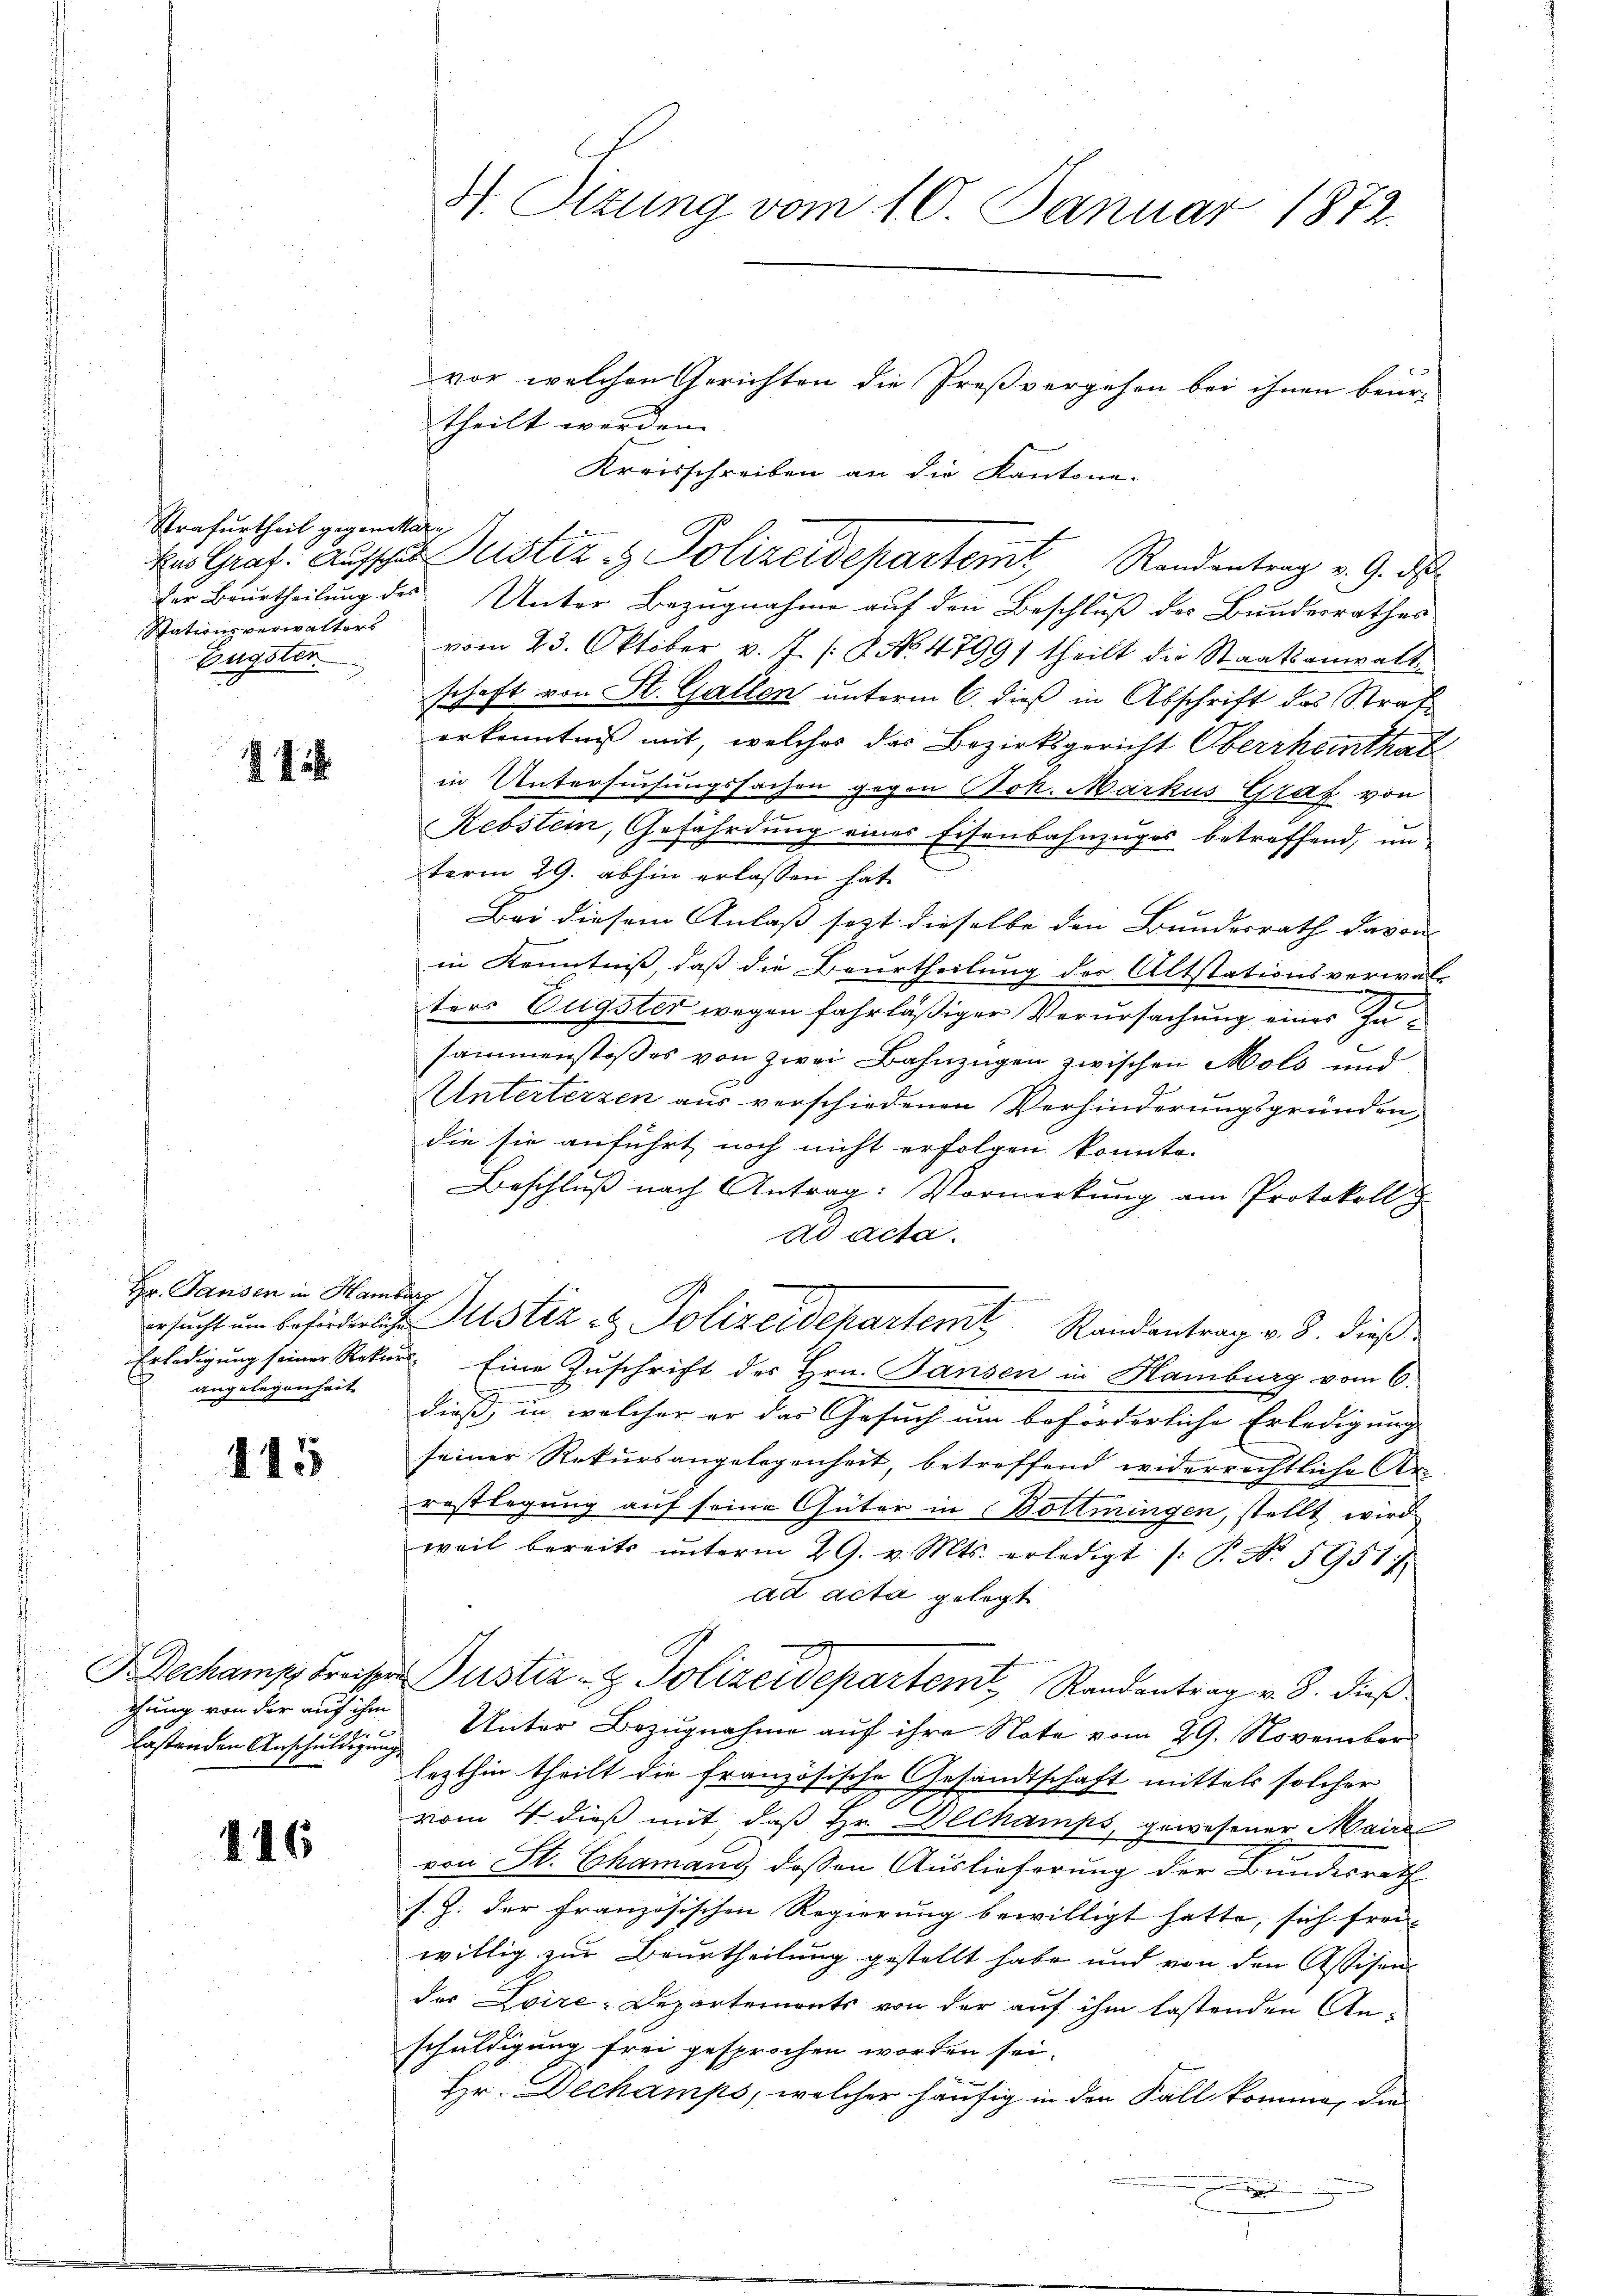
Strafurtheil gegenwär
Stationsverwalters
pugster

214

Hr. Jansen in Hamburg
angelegenheit

115

x
lastenden Anschuldigung

416

H Sizung vom 10. Januar 1872.

vor, welchen Gerichten die Preßvergehen bei ihnen beur-
theilt werden.
Kreisschreiben an die Kantone.
Der Beurtheilung des Unter Bezugnahme auf den Beschluß des Bundesrathes
vom 23. Oktober v. J. J. No 4799/ theilt die Staatsanwaltschaft von St. Gallen unterm 6. dieß in Abschrift des Straferkenntniß mit, welches das Bezirksgericht Oberrheinthat
in Untersuchungssachen gegen Joh. Markus Graf von
Rebstein, Gefährdung eines Eisenbahnzuges betreffend, un
term 29. abhin erlassen hat.
Bei diesem Anlaß sezt dieselbe den Bundesrath davon |
in Kenntniß, daß die Beurtheilung der Altstationsverwal-
ters Eugster wegen fahrläßiger Verursachung eines Insammenstosses von zwei Bahnzügen zwischen Mols und
Unterterzen aus verschiedenen Verhinderungsgründen,
die sie anführt noch nicht erfolgen konnte.
Beschluß nach Antrag: Vormerkung am Protokoll u
ad acta.
Besucht um beförderliche Justiz & Polizeidepartemit Randantrag v. 3. dieß¬
Erledigung seiner Rekurs Eine Zuschrift des Hrn. Jansen in Hamburg vom 6.
dieß, in welcher er das Gesuch um beforderliche Erledigung
seiner Rekursangelegenheit, betreffend widerrechtliche Ar-
rostlegung auf seine Güter in Bottmingen, stellt wird
weil bereits ŭnterm 29. v. Mts. erledigt /: P. No. 5951
ad acta gelegt
BDechamp Freiser Justiz- & Polizeidepartent Randantrag v. 3. dieß
chung von der auf ihm Unter Bezugnahme auf ihre Note vom 29. November
lezthin theilt die französische Gesandtschaft mittels solcher
vom 4. dieß mit, daß Hr. Althamps, gewesener Maire
von St. Chamans dessen Auslieferung der Bundesrath
s. Z. der französischen Regierung bewilligt hatte, sich frei-
willig zur Beurtheilung gestellt habe und von den Assisen
der Loize-Departements von der auf ihm lastenden Anschuldigung frei gesprochen worden sei.
Hr. Dechamps, welcher häufig in den Fall komme, die
x

kas Graf. Aufschür Justiz- & Polizeidepartemt Randentrag v. 9. ds